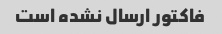
فاکتور ارسال نشده است